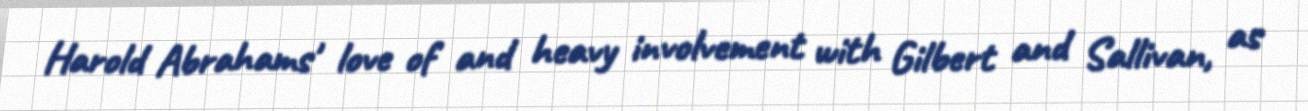
Harold Abrahams' love of and heavy involvement with Gilbert and Sallivan, as